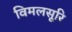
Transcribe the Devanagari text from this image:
विमलसूरि